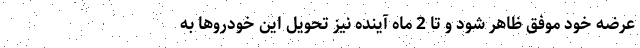
عرضه خود موفق ظاهر شود و تا 2 ماه آینده نیز تحویل این خودروها به